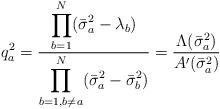
LaTeX: \begin{align*}q_{a}^2=\frac{\displaystyle \prod_{b=1}^N(\bar{\sigma}_a^2-\lambda_b)}{\displaystyle \prod_{b=1,b\neq a}^N(\bar{\sigma}_a^2-\bar{\sigma}_b^2)}=\frac{\Lambda(\bar{\sigma}_a^2)}{A'(\bar{\sigma}_a^2)}\end{align*}